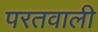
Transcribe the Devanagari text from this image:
परतवाली